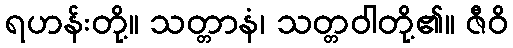
ရဟန်းတို့။ သတ္တာနံ၊ သတ္တဝါတို့၏။ ဇီဝိ